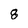
Character: 8